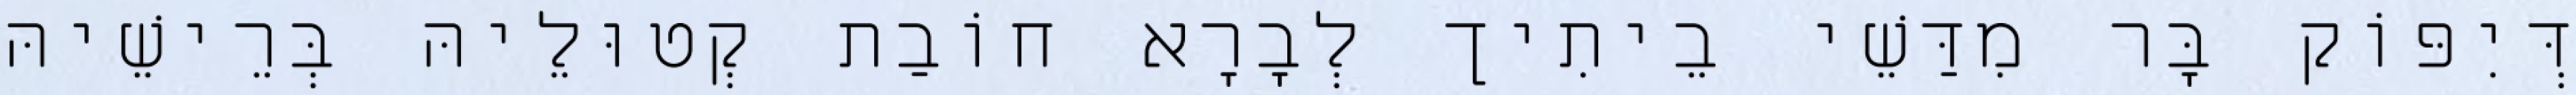
דְּיִפּוֹק בָּר מִדַּשֵׁי בֵיתִיך לְבָרָא חוֹבַת קְטוּלֵיהּ בְּרֵישֵׁיהּ